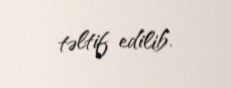
təltif edilib.